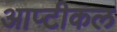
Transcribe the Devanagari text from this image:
आप्टीकल